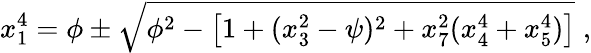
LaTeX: x_{1}^{4}=\phi\pm\sqrt{\phi^{2}-\left[1+(x_{3}^{2}-\psi)^{2}+x_{7}^{2}(x_{4}^{4}+x_{5}^{4})\right]}\; ,